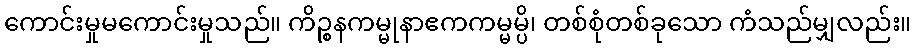
ကောင်းမှုမကောင်းမှုသည်။ ကိဉ္စနကမ္မုနာဧကကမ္မမ္ပိ၊ တစ်စုံတစ်ခုသော ကံသည်မျှလည်း။